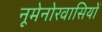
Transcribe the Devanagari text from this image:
नूमेनोरवासियों